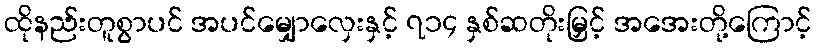
ထိုနည်းတူစွာပင် အပင်မျှောလှေးနှင့် ၇၁၄ နှစ်ဆတိုးမြှင့် အအေးတို့ကြောင့်